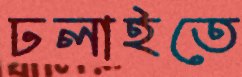
ঢলাইতে